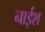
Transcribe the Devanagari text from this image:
नाईश